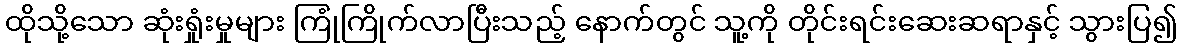
ထိုသို့သော ဆုံးရှုံးမှုများ ကြုံကြိုက်လာပြီးသည့် နောက်တွင် သူ့ကို တိုင်းရင်းဆေးဆရာနှင့် သွားပြ၍